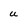
Character: u